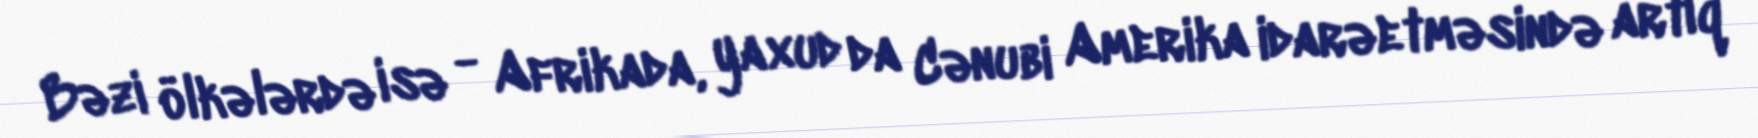
Bəzi ölkələrdə isə - Afrikada, yaxud da Cənubi Amerika idarəetməsində artıq